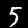
Digit: 5